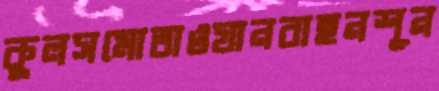
কুলসমোতাওযানবাহনশূন